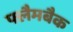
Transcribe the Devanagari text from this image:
फ्लैमबैक